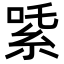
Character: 𬗍